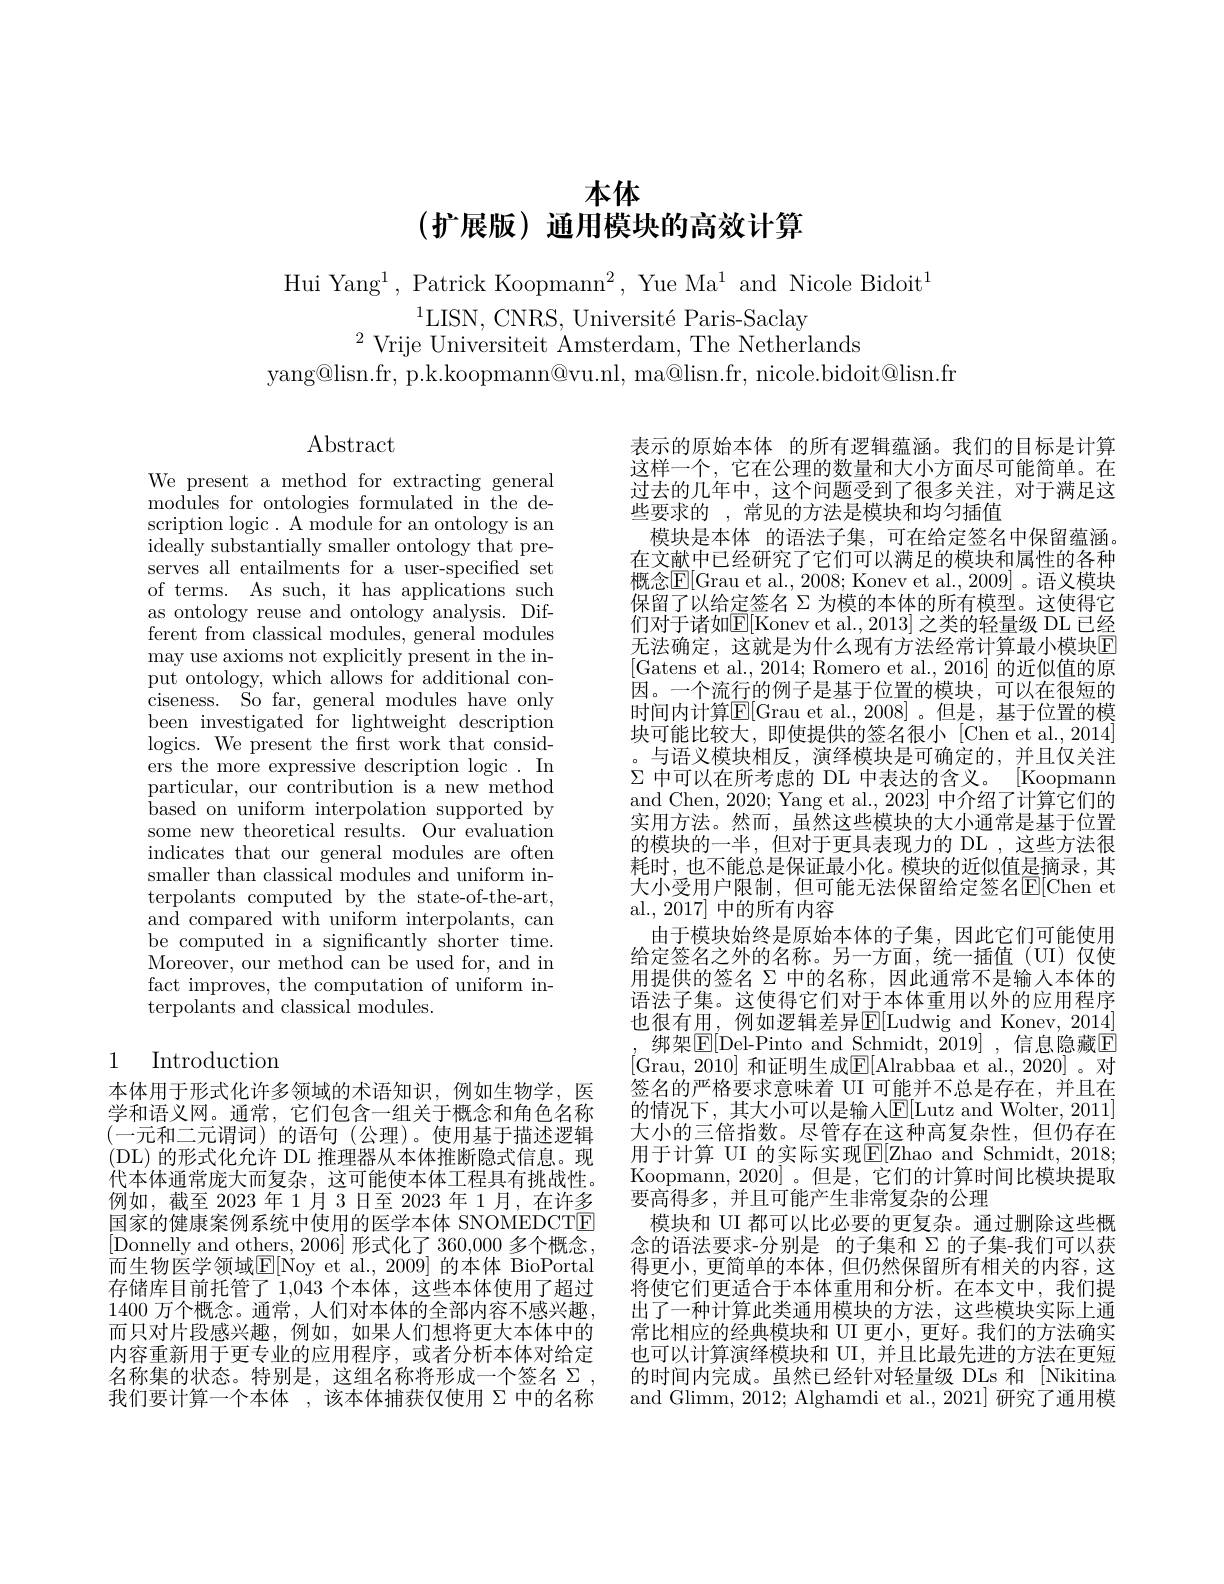
# 本体$( \textbf{扩 展 版 ) 通 用 模 块 的 高 效 计 算 }$

We present a method for extracting general ${\mathrm{modules~for~ontologies~formulated~in~the~de-}}$ scription logic. A module for an ontology is an ideally substantially smaller ontology that preserves all entailments for a user-specified set of terms. As such, it has applications such as ontology reuse and ontology analysis. Different from classical modules, general modules may use axioms not explicitly present in the input ontology, which allows for additional con- ${\mathrm{ciseness.}}{\mathrm{~So~far,~general~modules~have~only}}$ been investigated for lightweight description logics. We present the first work that considers the more expressive description logic. In particular, our contribution is a new method based on uniform interpolation supported by some new theoretical results. Our evaluation indicates that our general modules are often smaller than classical modules and uniform interpolants computed by the state-of-the-art, and compared with uniform interpolants, can be computed in a significantly shorter time. Moreover, our method can be used for, and in fact improves, the computation of uniform interpolants and classical modules.

# 1 Introduction

本体用于形式化许多领域的术语知识，例如生物学，医学和语义网。通常，它们包含一组关于概念和角色名称(一元和二元谓词)的语句(公理)。使用基于描述逻辑( DL) 的形式化允许 DL 推理器从本体推断隐式信息。现代本体通常庞大而复杂，这可能使本体工程具有挑战性。例如，截至 2023年 1月 3日至 2023 年 1月，在许多国家的健康案例系统中使用的医学本体 SNOMEDCTE [Donnelly and others, 2006]形式化了 360,0000 多个概念， 而生物医学领域$\mathbb{E}[$Noy et al.,2009] 的本体 BioPortal 存储库目前托管了 1,043 个本体，这些本体使用了超过1400万个概念。通常，人们对本体的全部内容不感兴趣， 而只对片段感兴趣，例如，如果人们想将更大本体中的内容重新用于更专业的应用程序，或者分析本体对给定名称集的状态。特别是，这组名称将形成一个签名$\Sigma$, 我们要计算一个本体 ,该本体捕获仅使用$\Sigma$中的名称

Hui Yang$^1$, Patrick Koopmann$^2$, Yue Ma$^1$ and Nicole Bidoit$^1$
$^{1}$LISN, CNRS, Université Paris-Saclay
$^{2}$Vrije Universiteit Amsterdam, The Netherlands
yang@lisn.fr, p.k.koopmann@vu.nl, ma@lisn.fr, nicole.bidoit@lisn.fr

$\operatorname{Abstract}$

表示的原始本体 的所有逻辑蕴涵。我们的目标是计算这样一个，它在公理的数量和大小方面尽可能简单。在过去的几年中，这个问题受到了很多关注，对于满足这些要求的 , 常见的方法是模块和均匀插值
模块是本体 的语法子集，可在给定签名中保留蕴涵。在文献中已经研究了它们可以满足的模块和属性的各种概念$\mathbb{E}[$Grau et al., 2008; Konev et al., 2009]。语义模块保留了以给定签名$\Sigma$为模的本体的所有模型。这使得它们对于诸如$\mathbb{E}[$Konev et al., 2013] 之类的轻量级 DL 已经无法确定，这就是为什么现有方法经常计算最小模块E [Gatens et al., 2014; Romero et al., 2016] 的近似值的原因。一个流行的例子是基于位置的模块，可以在很短的时间内计算$\mathbb{E}[$Grau et al.,2008]。但是，基于位置的模块可能比较大，即使提供的签名很小[Chen et al.,2014]
与语义模块相反，演绎模块是可确定的，并且仅关注$\Sigma$中可以在所考虑的 DL 中表达的含义。[Koopmann and Chen, 2020; Yang et al., 2023] 中介绍了计算它们的实用方法。然而，虽然这些模块的大小通常是基于位置的模块的一半，但对于更具表现力的 DL ,这些方法很耗时，也不能总是保证最小化。模块的近似值是摘录，其大小受用户限制，但可能无法保留给定签名$\mathbb{E}[$Chen et al., 2017] 中的所有内容
由于模块始终是原始本体的子集，因此它们可能使用给定签名之外的名称。另一方面，统一插值(UI)仅使用提供的签名$\Sigma$中的名称，因此通常不是输人本体的语法子集。这使得它们对于本体重用以外的应用程序也很有用，例如逻辑差异$\mathbb{E}[$Ludwig and Konev, 2014] 绑架$\boxed{\mathbb{E}}[$Del-Pinto and Schmidt, 2019] ,信息隐藏$\boxed{\mathbb{E}}$ [Grau, 2010] 和证明生成$\underline{\mathrm{E}}[$Alrabbaa et al., 2020] 。对签名的严格要求意味着 UI 可能并不总是存在，并且在的情况下，其大小可以是输人$\mathbb{E}[$Lutz and Wolter, 2011] 大小的三倍指数。尽管存在这种高复杂性，但仍存在用于计算 UI 的实际实现$\mathbb{E}[$Zhao and Schmidt, 2018; Koopmann, 2020]。但是，它们的计算时间比模块提取要高得多，并且可能产生非常复杂的公理
模块和 UI 都可以比必要的更复杂。通过删除这些概念的语法要求-分别是 的子集和 Σ 的子集-我们可以获$\bar{\text{得更小，更简单的本体，但仍然保留所有相关的内容，这}}$ 将使它们更适合于本体重用和分析。在本文中，我们提出了一种计算此类通用模块的方法，这些模块实际上通常比相应的经典模块和 UI 更小，更好。我们的方法确实也可以计算演绎模块和 UI, 并且比最先进的方法在更短的时间内完成。虽然已经针对轻量级 DLs 和 [Nikitina and Glimm, 2012; Alghamdi et al., 2021] 研究了通用模